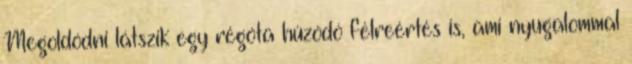
Megoldódni látszik egy régóta húzódó félreértés is, ami nyugalommal